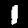
Label: 1